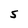
Character: 5